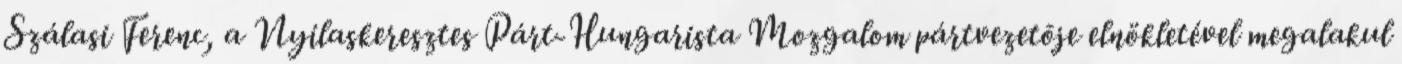
Szálasi Ferenc, a Nyilaskeresztes Párt-Hungarista Mozgalom pártvezetõje elnökletével megalakul